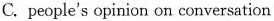
C.people's opinion on conversation